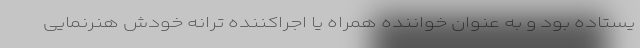
یستاده بود و به عنوان خواننده همراه یا اجراکننده ترانه خودش هنرنمایی